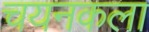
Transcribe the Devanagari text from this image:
चयनकला